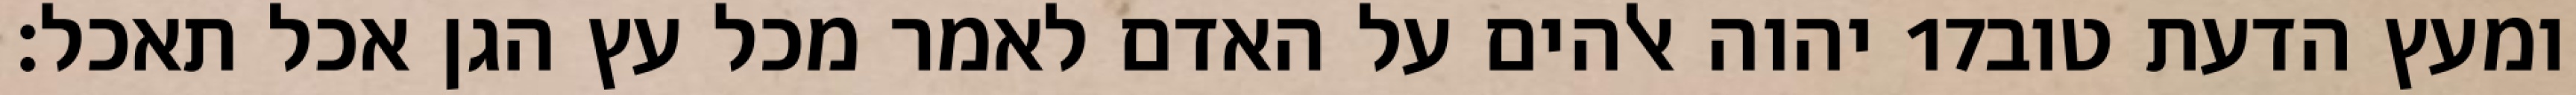
יהוה אלהים על האדם לאמר מכל עץ הגן אכל תאכל׃ ‎17‏ ומעץ הדעת טוב